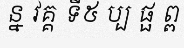
ន្ន វគ្គ ទី៥ ប្ប ផ្ផ ព្ព